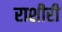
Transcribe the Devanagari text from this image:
राशीरी